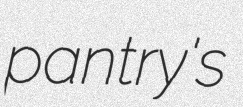
pantry's